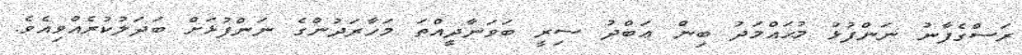
ރަސްގެފާނު ނަންފުޅު މުޙައްމަދު ބިން ޢަބްދު ސިރީ ބަވަނާދީއްތަ މަހާރަދުންގެ ނަންފުޅަށް ބަދަލުކުރެއްވިއެވެ.